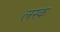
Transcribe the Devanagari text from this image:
लस्क